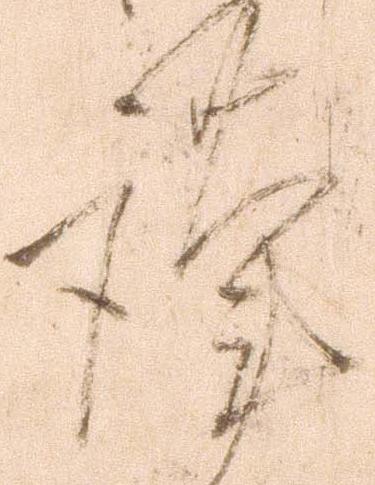
謹